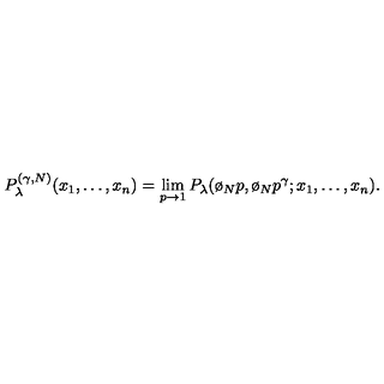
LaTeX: P _ { \lambda } ^ { ( \gamma , N ) } ( x _ { 1 } , \dots , x _ { n } ) = \lim _ { p \rightarrow 1 } P _ { \lambda } ( \o _ { N } p , \o _ { N } p ^ { \gamma } ; x _ { 1 } , \dots , x _ { n } ) .